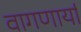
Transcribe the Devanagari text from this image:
वागणार्या